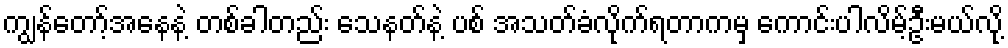
ကျွန်တော့်အနေနဲ့ တစ်ခါတည်း သေနတ်နဲ့ ပစ် အသတ်ခံလိုက်ရတာကမှ ကောင်းပါလိမ့်ဦးမယ်လို့